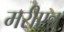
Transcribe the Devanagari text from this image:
मरीएन्न